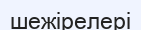
шежірелері